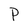
Character: P